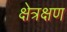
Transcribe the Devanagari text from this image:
क्षेत्रक्षण